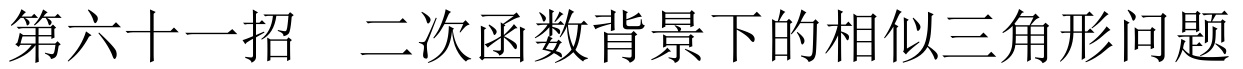
第六十一招  二次函数背景下的相似三角形问题